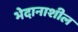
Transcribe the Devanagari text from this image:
भेदानाशील